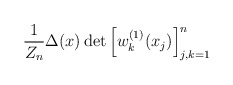
\begin{align*} \frac{1}{Z_n} \Delta(x) \det \left[ w_k^{(1)}(x_j) \right]_{j,k=1}^n \end{align*}